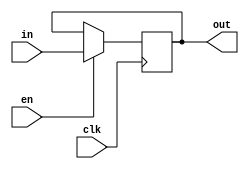
module ACC_8085 (clk,in,out,en);
input [7:0] in;
input clk;
input en;
output reg [7:0] out=8'b0;

always @(posedge clk)
begin
if(en)
out<=in;
end

endmodule